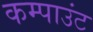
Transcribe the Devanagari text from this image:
कम्पाउंट